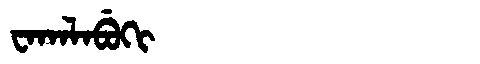
Manchu: ᠸᠠᡴᠠᠯᠠᠪᡠᡴᡳ
Romanization: WAKALABUKI